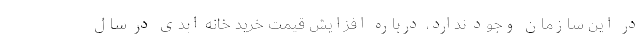
در این سازمان وجود ندارد، درباره افزایش قیمت‌ خرید خانه ابدی در سال